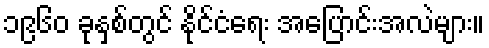
၁၉၆၀ ခုနှစ်တွင် နိုင်ငံရေး အပြောင်းအလဲများ။